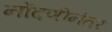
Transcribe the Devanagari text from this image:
नोंदणीनंतर